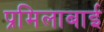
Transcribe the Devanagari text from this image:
प्रमिलाबाई